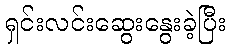
ရှင်းလင်းဆွေးနွေးခဲ့ပြီး